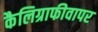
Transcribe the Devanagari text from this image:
कैलिग्राफीवापर